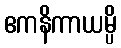
ဧကနိကာယမ္ပိ